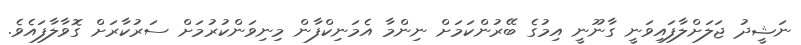
ނަޝީދު ޖަލަށްލާފައިވަނީ ގާނޫނީ އިމުގެ ބޭރުންކަމަށް ނިންމާ އެމަނިކްފާން މިނިވަންކުރުމަށް ސަރުކާރަށް ގޮވާލާފައެވެ.